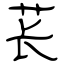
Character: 苌